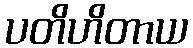
ပတိဟိတာယ